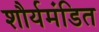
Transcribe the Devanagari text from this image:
शौर्यमंडित